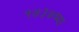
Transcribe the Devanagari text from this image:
१७३७च्या